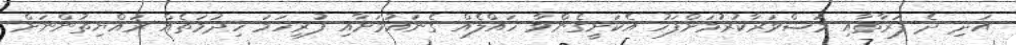
އަދި ދެ ފަރާތާއި މަޝްވަރާކުރުމަށްފަހު އެކަށީގެންވާ ހައްލެއް ގެނައުމަށާއި ފުރިހަމަ ހިދުމަތެއް ރައްޔިތުންނަށް